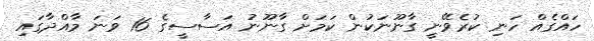
ހައްގެއް ހަނި ކުރެވޭނީ ގާނޫނަކުން ކަމަށް ގާނޫނު އަސާސީގެ 16 ވަނަ މާއްދާގައި